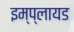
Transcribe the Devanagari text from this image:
इम्प्लायड